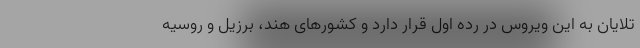
تلایان به این ویروس در رده اول قرار دارد و کشورهای هند، برزیل و روسیه